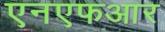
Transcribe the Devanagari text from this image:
एनएफआर